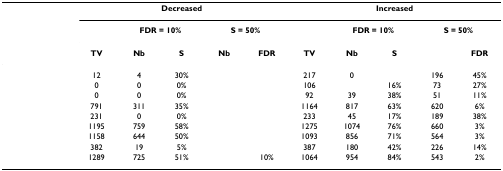
<table><thead><tr><td>[EMPTY_CELL]</td><td colspan="5"><b>Decreased</b></td><td colspan="5"><b>Increased</b></td></tr><tr><td>[EMPTY_CELL]</td><td>[EMPTY_CELL]</td><td colspan="2"><b>FDR = 10%</b></td><td colspan="2"><b>S = 50%</b></td><td>[EMPTY_CELL]</td><td colspan="2"><b>FDR = 10%</b></td><td colspan="2"><b>S = 50%</b></td></tr><tr><td>[EMPTY_CELL]</td><td><b>TV</b></td><td><b>Nb</b></td><td><b>S</b></td><td><b>Nb</b></td><td><b>FDR</b></td><td><b>TV</b></td><td><b>Nb</b></td><td><b>S</b></td><td>[EMPTY_CELL]</td><td><b>FDR</b></td></tr></thead><tbody><tr><td>[EMPTY_CELL]</td><td>12</td><td>4</td><td>30%</td><td>[EMPTY_CELL]</td><td>[EMPTY_CELL]</td><td>217</td><td>0</td><td>[EMPTY_CELL]</td><td>196</td><td>45%</td></tr><tr><td>[EMPTY_CELL]</td><td>0</td><td>0</td><td>0%</td><td>[EMPTY_CELL]</td><td>[EMPTY_CELL]</td><td>106</td><td>[EMPTY_CELL]</td><td>16%</td><td>73</td><td>27%</td></tr><tr><td>[EMPTY_CELL]</td><td>0</td><td>0</td><td>0%</td><td>[EMPTY_CELL]</td><td>[EMPTY_CELL]</td><td>92</td><td>39</td><td>38%</td><td>51</td><td>11%</td></tr><tr><td>[EMPTY_CELL]</td><td>791</td><td>311</td><td>35%</td><td>[EMPTY_CELL]</td><td>[EMPTY_CELL]</td><td>1164</td><td>817</td><td>63%</td><td>620</td><td>6%</td></tr><tr><td>[EMPTY_CELL]</td><td>231</td><td>0</td><td>0%</td><td>[EMPTY_CELL]</td><td>[EMPTY_CELL]</td><td>233</td><td>45</td><td>17%</td><td>189</td><td>38%</td></tr><tr><td>[EMPTY_CELL]</td><td>1195</td><td>759</td><td>58%</td><td>[EMPTY_CELL]</td><td>[EMPTY_CELL]</td><td>1275</td><td>1074</td><td>76%</td><td>660</td><td>3%</td></tr><tr><td>[EMPTY_CELL]</td><td>1158</td><td>644</td><td>50%</td><td>[EMPTY_CELL]</td><td>[EMPTY_CELL]</td><td>1093</td><td>856</td><td>71%</td><td>564</td><td>3%</td></tr><tr><td>[EMPTY_CELL]</td><td>382</td><td>19</td><td>5%</td><td>[EMPTY_CELL]</td><td>[EMPTY_CELL]</td><td>387</td><td>180</td><td>42%</td><td>226</td><td>14%</td></tr><tr><td>[EMPTY_CELL]</td><td>1289</td><td>725</td><td>51%</td><td>[EMPTY_CELL]</td><td>10%</td><td>1064</td><td>954</td><td>84%</td><td>543</td><td>2%</td></tr></tbody></table>